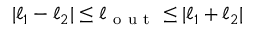
| \ell _ { 1 } - \ell _ { 2 } | \leq \ell _ { \mathrm { ~ o ~ u ~ t ~ } } \leq | \ell _ { 1 } + \ell _ { 2 } |